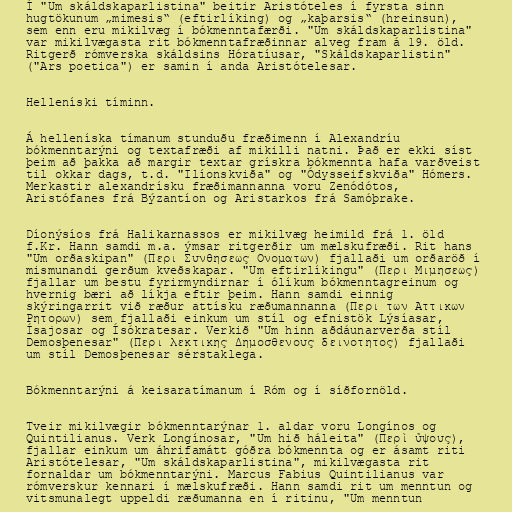
Í "Um skáldskaparlistina" beitir Aristóteles í fyrsta sinn
hugtökunum „mimesis“ (eftirlíking) og „kaþarsis“ (hreinsun),
sem enn eru mikilvæg í bókmenntafærði. "Um skáldskaparlistina"
var mikilvægasta rit bókmenntafræðinnar alveg fram á 19. öld.
Ritgerð rómverska skáldsins Hóratíusar, "Skáldskaparlistin"
("Ars poetica") er samin í anda Aristótelesar.

Helleníski tíminn.

Á helleníska tímanum stunduðu fræðimenn í Alexandríu
bókmenntarýni og textafræði af mikilli natni. Það er ekki síst
þeim að þakka að margir textar grískra bókmennta hafa varðveist
til okkar dags, t.d. "Ilíonskviða" og "Ódysseifskviða" Hómers.
Merkastir alexandrísku fræðimannanna voru Zenódótos,
Aristófanes frá Býzantíon og Aristarkos frá Samóþrake.

Díonýsíos frá Halikarnassos er mikilvæg heimild frá 1. öld
f.Kr. Hann samdi m.a. ýmsar ritgerðir um mælskufræði. Rit hans
"Um orðaskipan" (Περι Συνθησεως Ονοματων) fjallaði um orðaröð í
mismunandi gerðum kveðskapar. "Um eftirlíkingu" (Περι Μιμησεως)
fjallar um bestu fyrirmyndirnar í ólíkum bókmenntagreinum og
hvernig bæri að líkja eftir þeim. Hann samdi einnig
skýringarrit við ræður attísku ræðumannanna (Περι των Αττικων
Ρητορων) sem fjallaði einkum um stíl og efnistök Lýsíasar,
Ísajosar og Ísókratesar. Verkið "Um hinn aðdáunarverða stíl
Demosþenesar" (Περι λεκτικης Δημοσθενους δεινοτητος) fjallaði
um stíl Demosþenesar sérstaklega.

Bókmenntarýni á keisaratímanum í Róm og í síðfornöld.

Tveir mikilvægir bókmenntarýnar 1. aldar voru Longínos og
Quintilianus. Verk Longínosar, "Um hið háleita" (Περὶ ὕψους),
fjallar einkum um áhrifamátt góðra bókmennta og er ásamt riti
Aristótelesar, "Um skáldskaparlistina", mikilvægasta rit
fornaldar um bókmenntarýni. Marcus Fabius Quintilianus var
rómverskur kennari í mælskufræði. Hann samdi rit um menntun og
vitsmunalegt uppeldi ræðumanna en í ritinu, "Um menntun